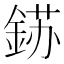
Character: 𮢈